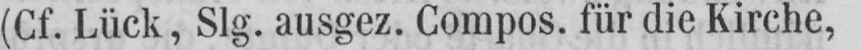
(Cf. Lück, SIg. ausgez. Compos. für die Kirche,